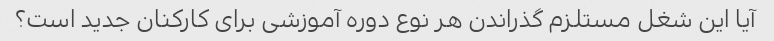
آیا این شغل مستلزم گذراندن هر نوع دوره آموزشی برای کارکنان جدید است؟